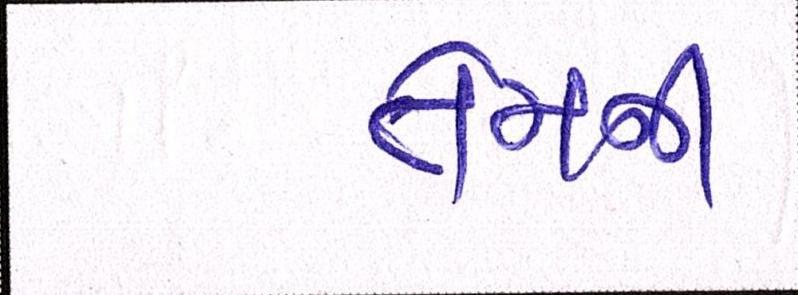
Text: તેમની